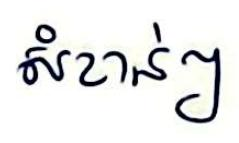
សំខាន់ៗ